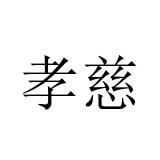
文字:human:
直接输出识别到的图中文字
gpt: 孝慈